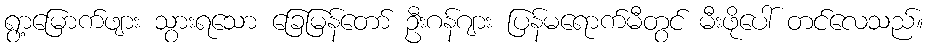
ရွာ့မြောက်ဖျား သွားရသော ခြေမြန်တော် ဦးဂန်ဂျား ပြန်မရောက်မီတွင် မီးဖိုပေါ် တင်လေသည်။